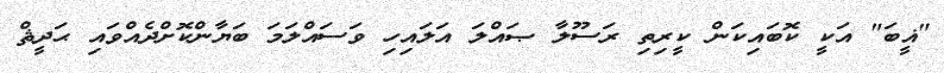
"ޣީބަ" އަކީ ކޮބައިކަން ކީރިތި ރަސޫލާ ޞައްލަ އަލައިހި ވަސައްލަމަ ބަޔާންކޮށްދެއްވައި ޙަދީޘް